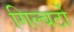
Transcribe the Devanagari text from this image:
गिल्बर्टो